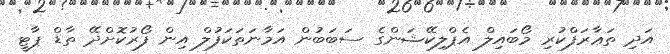
އަދި ތަޢާރަފްކުރި މޯބައިލް އެޕްލިކޭޝަންގެ ސަބަބުން އަމާނަތަކަފުލް އިން ފޯރުކޮށްދޭ ތާޑް ޕާޓީ